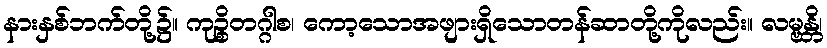
နားနှစ်ဘက်တို့၌။ ကုဉ္စိတဂ္ဂါစ၊ ကော့သောအဖျားရှိသောတန်ဆာတို့ကိုလည်း။ လမ္ဗန္တိ၊